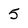
Character: 5